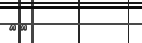
٢٦